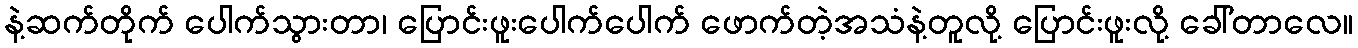
နဲ့ဆက်တိုက် ပေါက်သွားတာ၊ ပြောင်းဖူးပေါက်ပေါက် ဖောက်တဲ့အသံနဲ့တူလို့ ပြောင်းဖူးလို့ ခေါ်တာလေ။